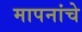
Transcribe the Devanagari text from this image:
मापनांचे